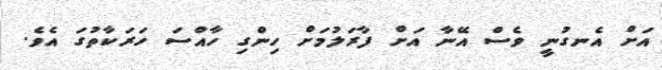
އަށް އެނގުނީ ވެސް އޭނާ އަށް ފާރަލުމަށް ހިންގި ހާއްސަ ހަރަކާތުގަ އެވެ.